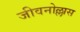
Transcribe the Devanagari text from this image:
जीवनोल्लास